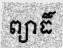
ព្យាធិ៍